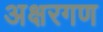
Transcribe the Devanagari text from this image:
अक्षरगण